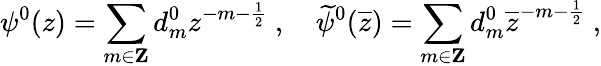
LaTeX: \psi^{0}(z)=\sum_{m\in{\mathbf Z}}d_{m}^{0}z^{-m-\frac{1}{2}}~,\quad\widetilde{\psi}^{0}(\overline{{{z}}})=\sum_{m\in{\mathbf Z}}d_{m}^{0}\overline{{{z}}}^{-m-\frac{1}{2}}~,